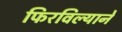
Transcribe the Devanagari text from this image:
फिरविल्याने